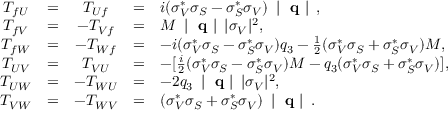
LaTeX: \begin{array} { c c c c l } { { T _ { f U } } } & { { = } } & { { T _ { U f } } } & { { = } } & { { i ( \sigma _ { V } ^ { \ast } \sigma _ { S } - \sigma _ { S } ^ { \ast } \sigma _ { V } ) \mathrm { ~ \left| ~ { \bf ~ q } ~ \right| ~ } , } } \\ { { T _ { f V } } } & { { = } } & { { - T _ { V f } } } & { { = } } & { { M \mathrm { ~ \left| ~ { \bf ~ q } ~ \right| ~ } | \sigma _ { V } | ^ { 2 } , } } \\ { { T _ { f W } } } & { { = } } & { { - T _ { W f } } } & { { = } } & { { - i ( \sigma _ { V } ^ { \ast } \sigma _ { S } - \sigma _ { S } ^ { \ast } \sigma _ { V } ) q _ { 3 } - \frac { 1 } { 2 } ( \sigma _ { V } ^ { \ast } \sigma _ { S } + \sigma _ { S } ^ { \ast } \sigma _ { V } ) M , } } \\ { { T _ { U V } } } & { { = } } & { { T _ { V U } } } & { { = } } & { { - [ \frac { i } { 2 } ( \sigma _ { V } ^ { \ast } \sigma _ { S } - \sigma _ { S } ^ { \ast } \sigma _ { V } ) M - q _ { 3 } ( \sigma _ { V } ^ { \ast } \sigma _ { S } + \sigma _ { S } ^ { \ast } \sigma _ { V } ) ] , } } \\ { { T _ { U W } } } & { { = } } & { { - T _ { W U } } } & { { = } } & { { - 2 q _ { 3 } \mathrm { ~ \left| ~ { \bf ~ q } ~ \right| ~ } | \sigma _ { V } | ^ { 2 } , } } \\ { { T _ { V W } } } & { { = } } & { { - T _ { W V } } } & { { = } } & { { ( \sigma _ { V } ^ { \ast } \sigma _ { S } + \sigma _ { S } ^ { \ast } \sigma _ { V } ) \mathrm { ~ \left| ~ { \bf ~ q } ~ \right| ~ } . } } \end{array}